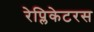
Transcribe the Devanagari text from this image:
रेप्लिकेटरस